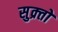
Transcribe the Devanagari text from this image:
सुक्र्तो